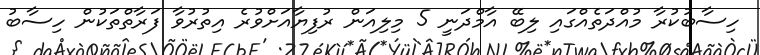
ހިސާބުކުރާ މުއްދަތެއްގައި ލިބޭ އާމްދަނީ 5 މިލިއަން ރުފިޔާއަށްވުރެ އިތުރުވާ ފަރާތްތަކުން ހިސާބު